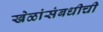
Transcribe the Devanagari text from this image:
खेळांसंबधीची